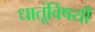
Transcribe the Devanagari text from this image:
धातूंविषयीं